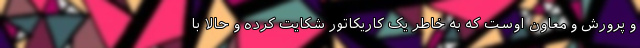
و پرورش و معاون اوست که به خاطر یک کاریکاتور شکایت کرده و حالا با